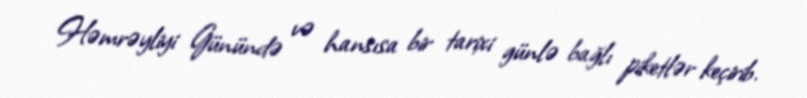
Həmrəyliyi Günündə və hansısa bir tarixi günlə bağlı piketlər keçirib.